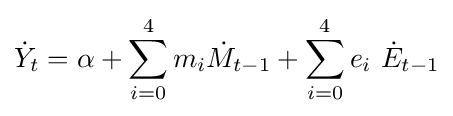
{\dot {Y}}_{t}=\alpha +\sum _{i=0}^{4}m_{i}{\dot {M}}_{t-1}+\sum _{i=0}^{4}e_{i}\ {\dot {E}}_{t-1}